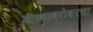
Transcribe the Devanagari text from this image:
यांच्याबरोबरचा